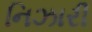
નિઝારી